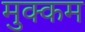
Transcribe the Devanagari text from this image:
मुक्कम